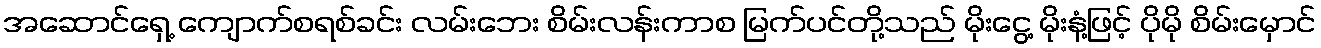
အဆောင်ရှေ့ ကျောက်စရစ်ခင်း လမ်းဘေး စိမ်းလန်းကာစ မြက်ပင်တို့သည် မိုးငွေ့ မိုးနံ့ဖြင့် ပိုမို စိမ်းမှောင်